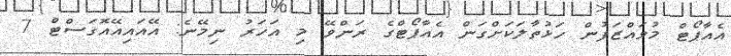
އެއާޕޯޓް މުވައްޒަފުން ހަޅުތާލަކަށްގަން އެއާޕޯޓްގެ ރަންވޭ މި އަހަރު ނިމޭނެ: އޭއައިއޭއޮގަސްޓް 7